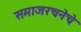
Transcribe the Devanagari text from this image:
समाजरचनेचे